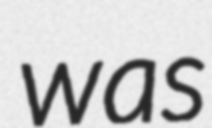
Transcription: was